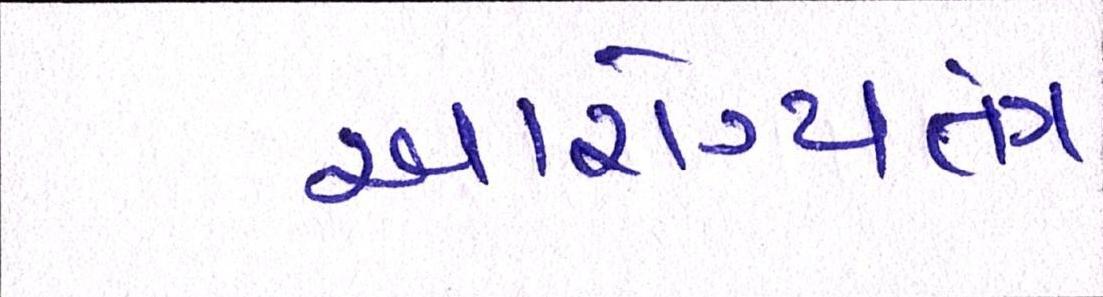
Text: આરોગ્યતંત્ર